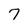
Character: 7